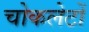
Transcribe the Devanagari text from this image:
चोकलेटों